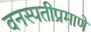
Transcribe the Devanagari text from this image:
वनस्पतीप्रमाणे